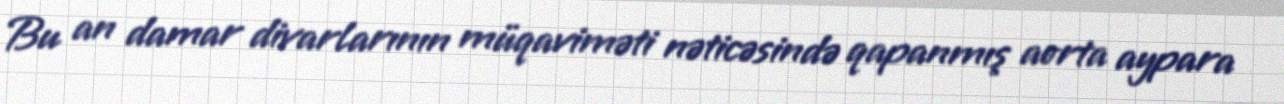
Bu an damar divarlarının müqaviməti nəticəsində qapanmış aorta aypara